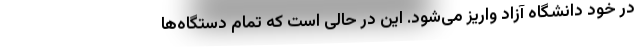
در خود دانشگاه آزاد واریز می‌شود. این در حالی است که تمام دستگاه‌ها